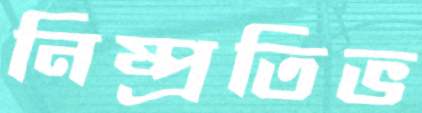
নিষ্প্রতিভ